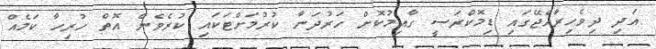
އަދި ދިވެހިރާއްޖޭގައި ޑިމޮކްރަސީ ގާއިމުކޮށް ހަރުދަނާ ކުރުމަށްޓަކައި ކުރެވެން އޮތް ހުރިހާ ކަމެއް